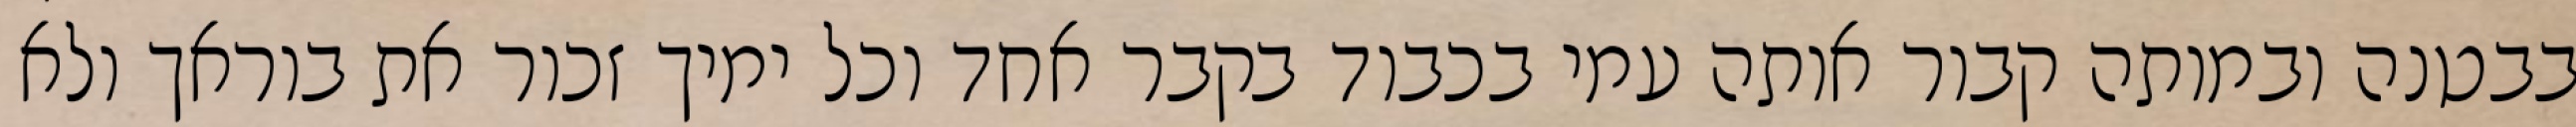
בבטנה ובמותה קבור אותה עמי בכבוד בקבר אחד וכל ימיך זכור את בוראך ולא